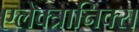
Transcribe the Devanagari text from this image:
एलेक्त्रानिक्स